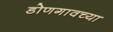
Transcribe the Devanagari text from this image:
डोणगावच्या